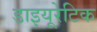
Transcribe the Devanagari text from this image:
डाइयूरेटिक